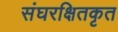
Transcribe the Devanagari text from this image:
संघरक्षितकृत